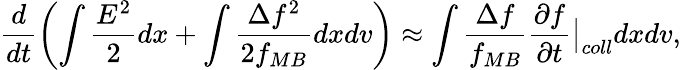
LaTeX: \frac{d}{dt}\left(\int\frac{E^{2}}{2}dx+\int\frac{\Delta f^{2}}{2f_{MB}}dxdv\right)\approx\int\frac{\Delta f}{f_{MB}}\frac{\partial f}{\partial t}\bigr\rvert_{coll}dxdv,